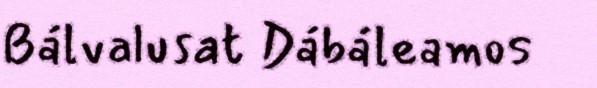
Bálvalusat Dábáleamos